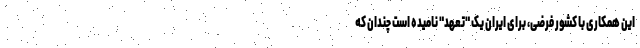
این همکاری با کشور فرضی، برای ایران یک "تعهد" نامیده است چندان که